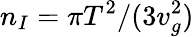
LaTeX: {n_{I}=\pi{T}^{2}/(3v_{g}^{2})}